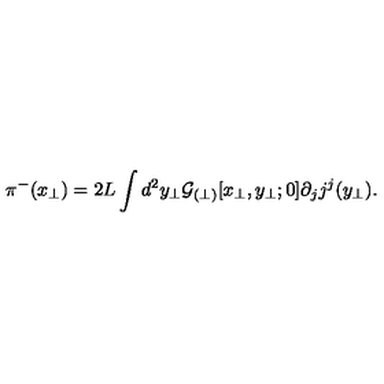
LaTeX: \pi ^ { - } ( x _ { \perp } ) = 2 L \int d ^ { 2 } y _ { \perp } { \cal G } _ { ( \perp ) } [ x _ { \perp } , y _ { \perp } ; 0 ] \partial _ { j } j ^ { j } ( y _ { \perp } ) .